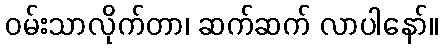
ဝမ်းသာလိုက်တာ၊ ဆက်ဆက် လာပါနော်။